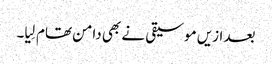
بعد ازیں موسیقی نے بھی دامن تھام لِیا۔